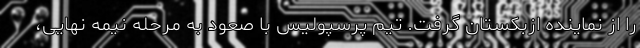
را از نماینده ازبکستان گرفت. تیم پرسپولیس با صعود به مرحله نیمه نهایی،